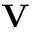
\mathbf { V }